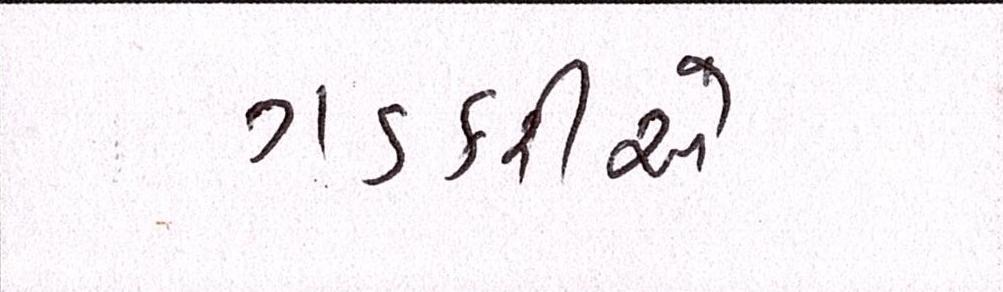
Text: ગડકરીએ